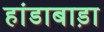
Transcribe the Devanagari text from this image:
हांडाबाड़ा